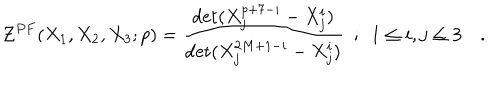
{ \cal { Z } } ^ { P F } ( X _ { 1 } , X _ { 2 } , X _ { 3 } ; p ) = { \frac { \det ( X _ { j } ^ { p + 7 - i } - X _ { j } ^ { i } ) } { \det ( X _ { j } ^ { 2 M + 1 - i } - X _ { j } ^ { i } ) } } ~ ~ ; ~ ~ 1 \le i , j \le 3 ~ .